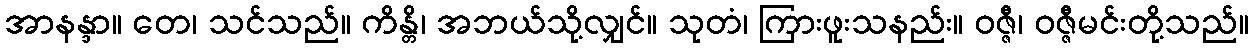
အာနန္ဒာ။ တေ၊ သင်သည်။ ကိန္တိ၊ အဘယ်သို့လျှင်။ သုတံ၊ ကြားဖူးသနည်း။ ဝဇ္ဇီ၊ ဝဇ္ဇီမင်းတို့သည်။